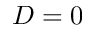
D = 0